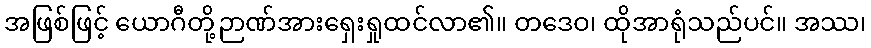
အဖြစ်ဖြင့် ယောဂီတို့ဉာဏ်အားရှေးရှုထင်လာ၏။ တဒေဝ၊ ထိုအာရုံသည်ပင်။ အဿ၊